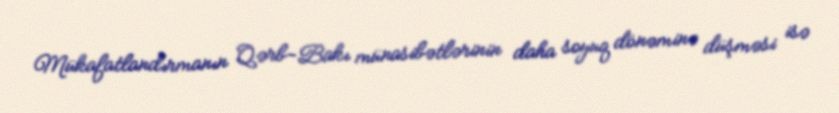
Mükafatlandırmanın Qərb-Bakı münasibətlərinin daha soyuq dönəminə düşməsi isə